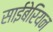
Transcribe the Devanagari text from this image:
साईबेरियन